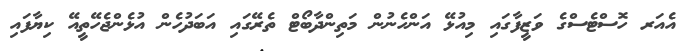
އެއަރ ހޮސްޓެސްގެ ވަޒީފާގައި މިއުޅޭ އަންހެނުން މަތިންދާބޯޓް ތެރޭގައި އަބަދުހެން އުޅެންޖެހޭތީއޭ ކިޔާފައި